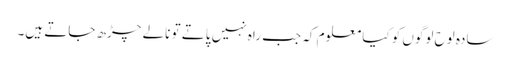
سادہ لوح لوگوں کو کیا معلوم کہ جب راہ نہیں پاتے تو نالے چڑھ جاتے ہیں۔